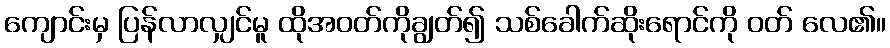
ကျောင်းမှ ပြန်လာလျှင်မူ ထိုအဝတ်ကိုချွတ်၍ သစ်ခေါက်ဆိုးရောင်ကို ဝတ် လေ၏။